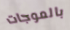
بالموجات